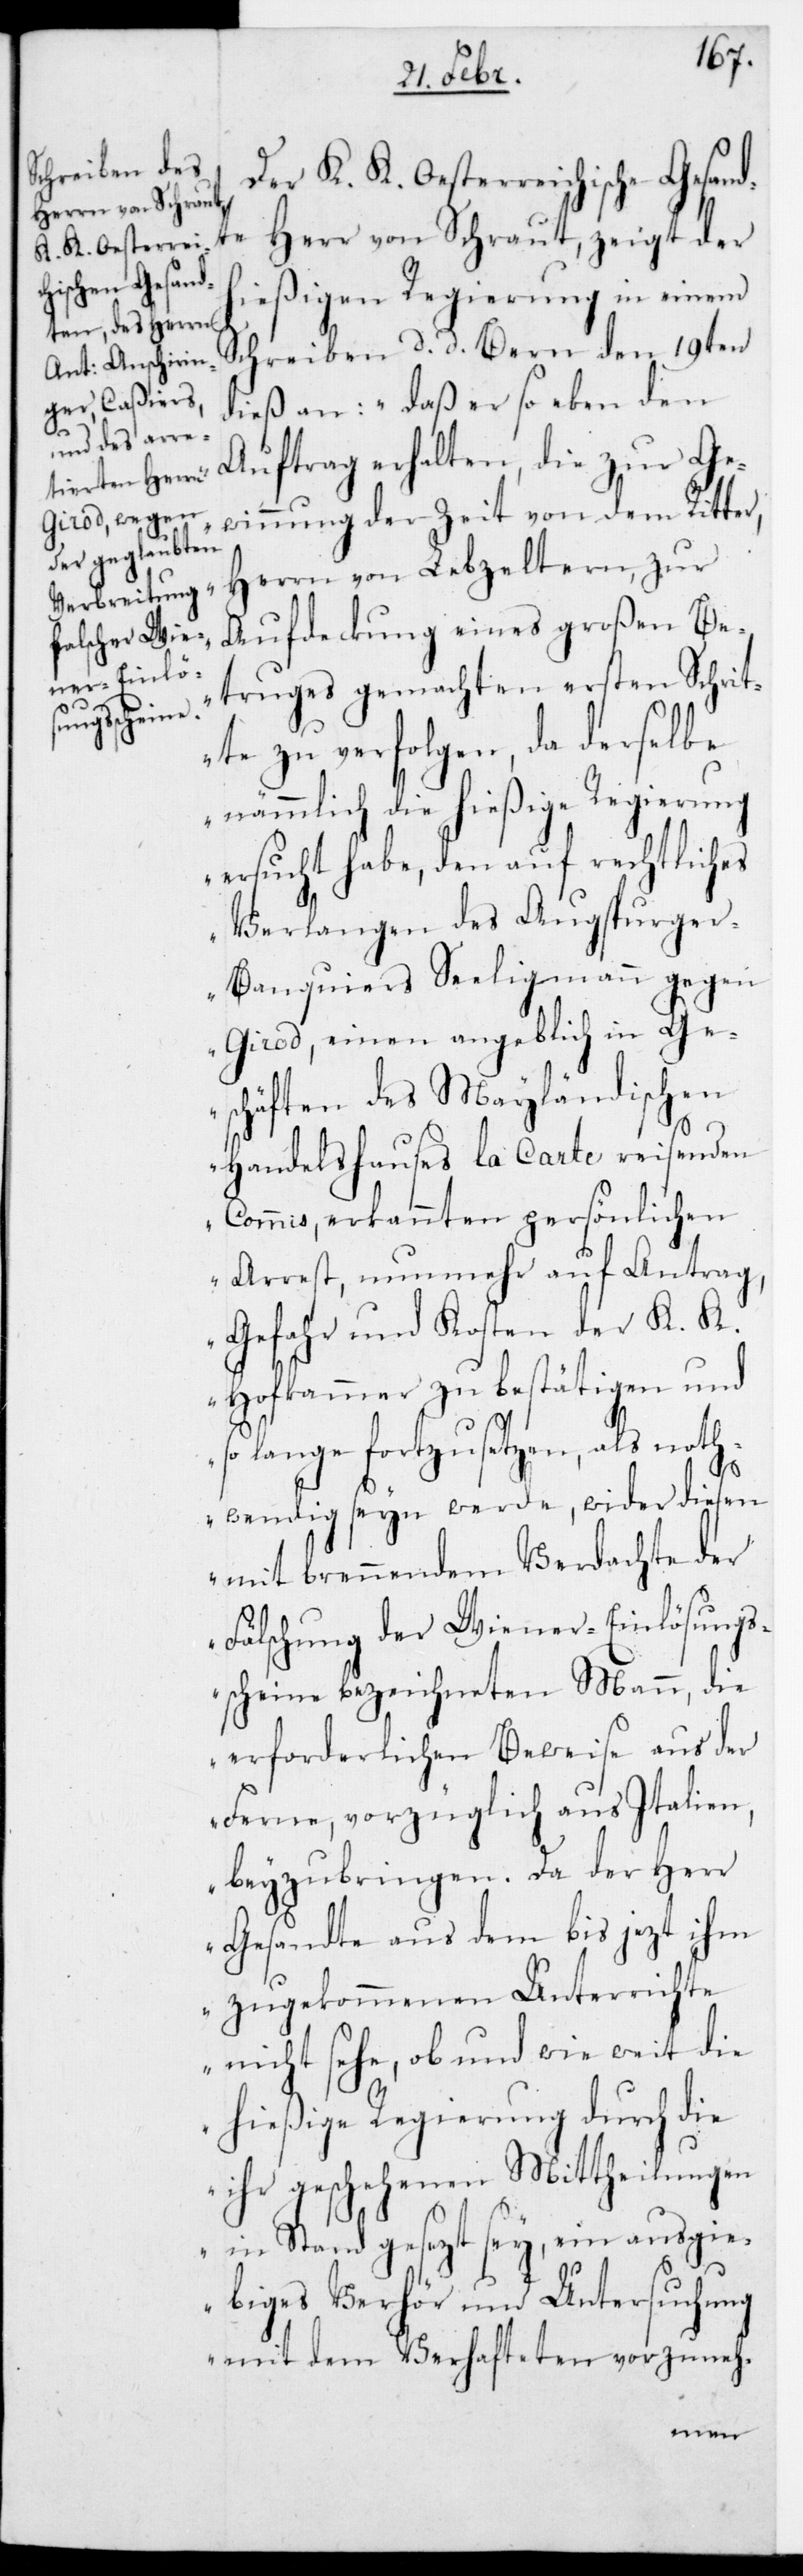
Der K. K. Oesterreichische Gesand¬
Herr von Schraut, zeigt der
hießigen Regierung in einem
Schreiben, datiert Bern den 19ten
dieß an: „Daß er soeben den
Auftrag erhalten, die zur Ge¬
winnung der Zeit von dem Ritter
Herrn von Lebzeltern, zur
Aufdeckung eines großen Be¬
truges gemachten ersten Schrit¬
te zu verfolgen, da derselbe
nämmlich die hießige Regierung
ersucht habe, den auf rechtliches
Verlangen des Augsburge¬
r-Banquiers Seeligmann gegen
Girod, einen angeblich in Ge¬
schäften des Mayländischen
Handelshauses La Carte reisenden
Commis, erkannten persönlichen
Arrest, nunmehr auf Antrag,
Gefahr und Kosten der K. K.
Hofkammer zu bestätigen und
so lange fortzusetzen, als noth¬
te
wendig seyn werde, wider diesen
mit brennendem Verdachte der
Fälschung der Wiener-Einlösungs¬
scheine bezeichneten Mann, die
erforderlichen Beweise aus der
Ferne, vorzüglich aus Italien,
beyzubringen. Da der Herr
Gesandte aus dem bis jetzt ihm
zugekommenen Unterrichte
nicht sehe, ob und wie weit die
hießige Regierung durch die
ihr geschehenen Mittheilungen
in Stand gesezt sey, ein ausgie¬
biges Verhör und Untersuchung
mit dem Verhafteten vorzuneh-